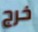
خرج